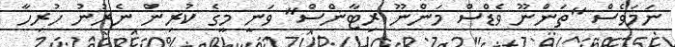
ނަމަވެސް "ތަންނޫ ވެޑްސް މަންނޫ ރިޓާންސް" ވަނީ މީގެ ކުރިން ނެރުނު ހުރިހާ